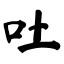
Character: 吐